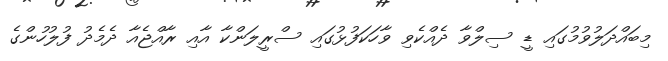
މިބައްދަލުވުމުގައި ޑީ ސިލްވާ ދެއްކެވި ވާހަކަފުޅުގައި ސްރީލަންކާ އާއި ރާއްޖެއާ ދެމެދު ފުލުހުންގެ